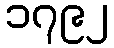
၁၇၉၂